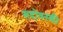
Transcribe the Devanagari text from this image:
सदोवस्की